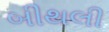
બીથલી